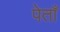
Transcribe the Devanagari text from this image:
पेताँ